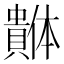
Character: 𰷓